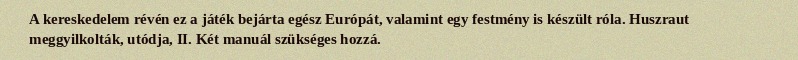
A kereskedelem révén ez a játék bejárta egész Európát, valamint egy festmény is készült róla. Huszraut meggyilkolták, utódja, II. Két manuál szükséges hozzá.